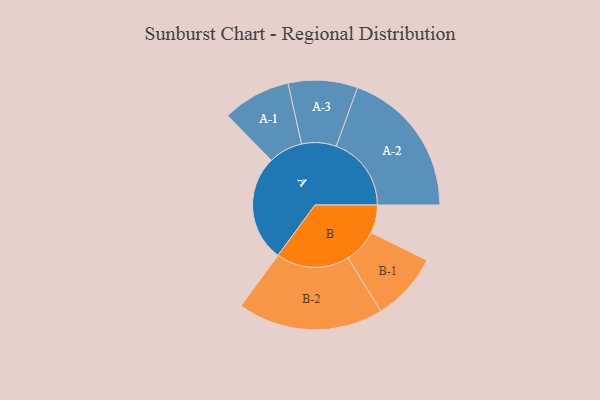
{"axis": {"x": "Segment", "y": "Value"}, "legend": ["", "A", "B"], "data": [{"x": "A", "y": 405, "type": ""}, {"x": "B", "y": 107, "type": ""}, {"x": "A-1", "y": 130, "type": "A"}, {"x": "A-2", "y": 286, "type": "A"}, {"x": "A-3", "y": 132, "type": "A"}, {"x": "B-1", "y": 130, "type": "B"}, {"x": "B-2", "y": 278, "type": "B"}]}